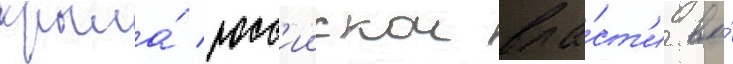
крыла́ росс'иискои вла́ст'и во́